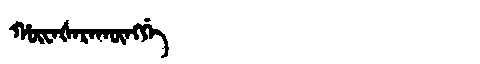
Manchu: ᡥᡡᠸᠠᡧᠠᡵᠠᡴᡡᠩᡤᡝ
Romanization: HŪWAŠARAKŪNGGE